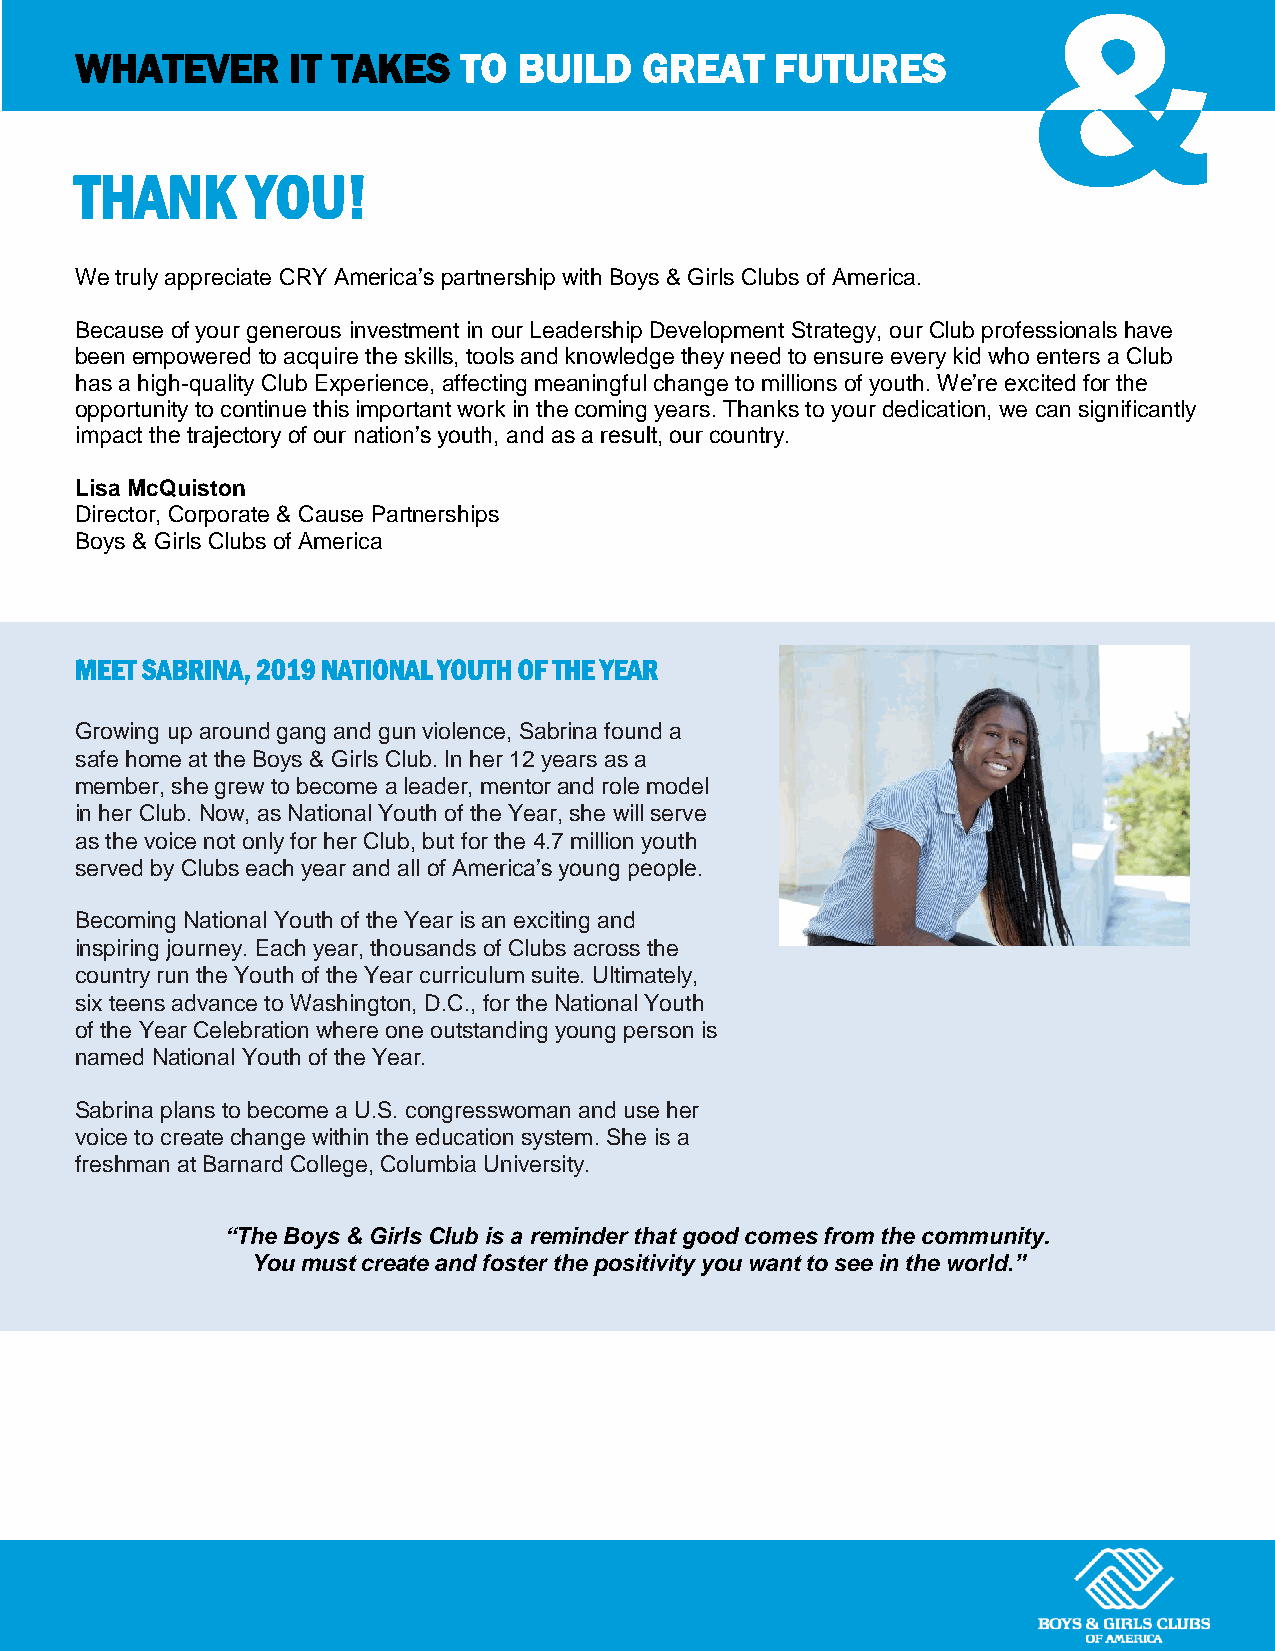
WHATEVER      IT TAKES   TO  BUILD    GREAT   FUTURES
 THANK      YOU!
 We truly appreciate CRY America’s partnership with Boys & Girls Clubs of America.
 Because of your generous investment in our Leadership Development Strategy, our Club professionals have
 been empowered to acquire the skills, tools and knowledge they need to ensure every kid who enters a Club
 has a high-quality Club Experience, affecting meaningful change to millions of youth. We’re excited for the
 opportunity to continue this important work in the coming years. Thanks to your dedication, we can significantly
 impact the trajectory of our nation’s youth, and as a result, our country.
 Lisa McQuiston
 Director, Corporate & Cause Partnerships
 Boys & Girls Clubs of America
 MEET SABRINA, 2019 NATIONAL YOUTH OF THE YEAR
 Growing up around gang and gun violence, Sabrina found a
 safe home at the Boys & Girls Club. In her 12 years as a
 member, she grew to become a leader, mentor and role model
 in her Club. Now, as National Youth of the Year, she will serve
 as the voice not only for her Club, but for the 4.7 million youth
 served by Clubs each year and all of America’s young people.
 Becoming National Youth of the Year is an exciting and
 inspiring journey. Each year, thousands of Clubs across the
 country run the Youth of the Year curriculum suite. Ultimately,
 six teens advance to Washington, D.C., for the National Youth
 of the Year Celebration where one outstanding young person is
 named National Youth of the Year.
 Sabrina plans to become a U.S. congresswoman and use her
 voice to create change within the education system. She is a
 freshman at Barnard College, Columbia University.
 “The Boys & Girls Club is a reminder that good comes from the community.
 You must create and foster the positivity you want to see in the world.”